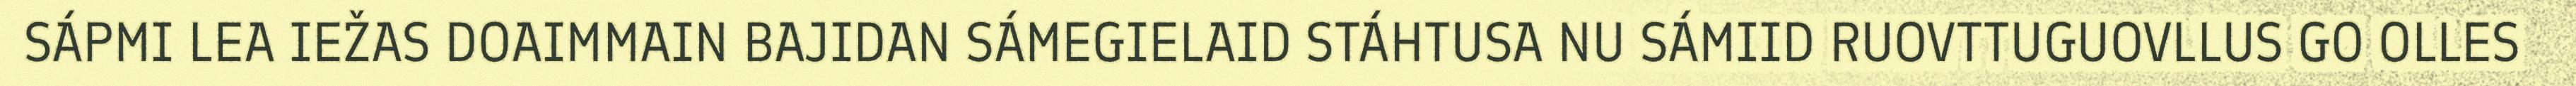
SÁPMI LEA IEŽAS DOAIMMAIN BAJIDAN SÁMEGIELAID STÁHTUSA NU SÁMIID RUOVTTUGUOVLLUS GO OLLES